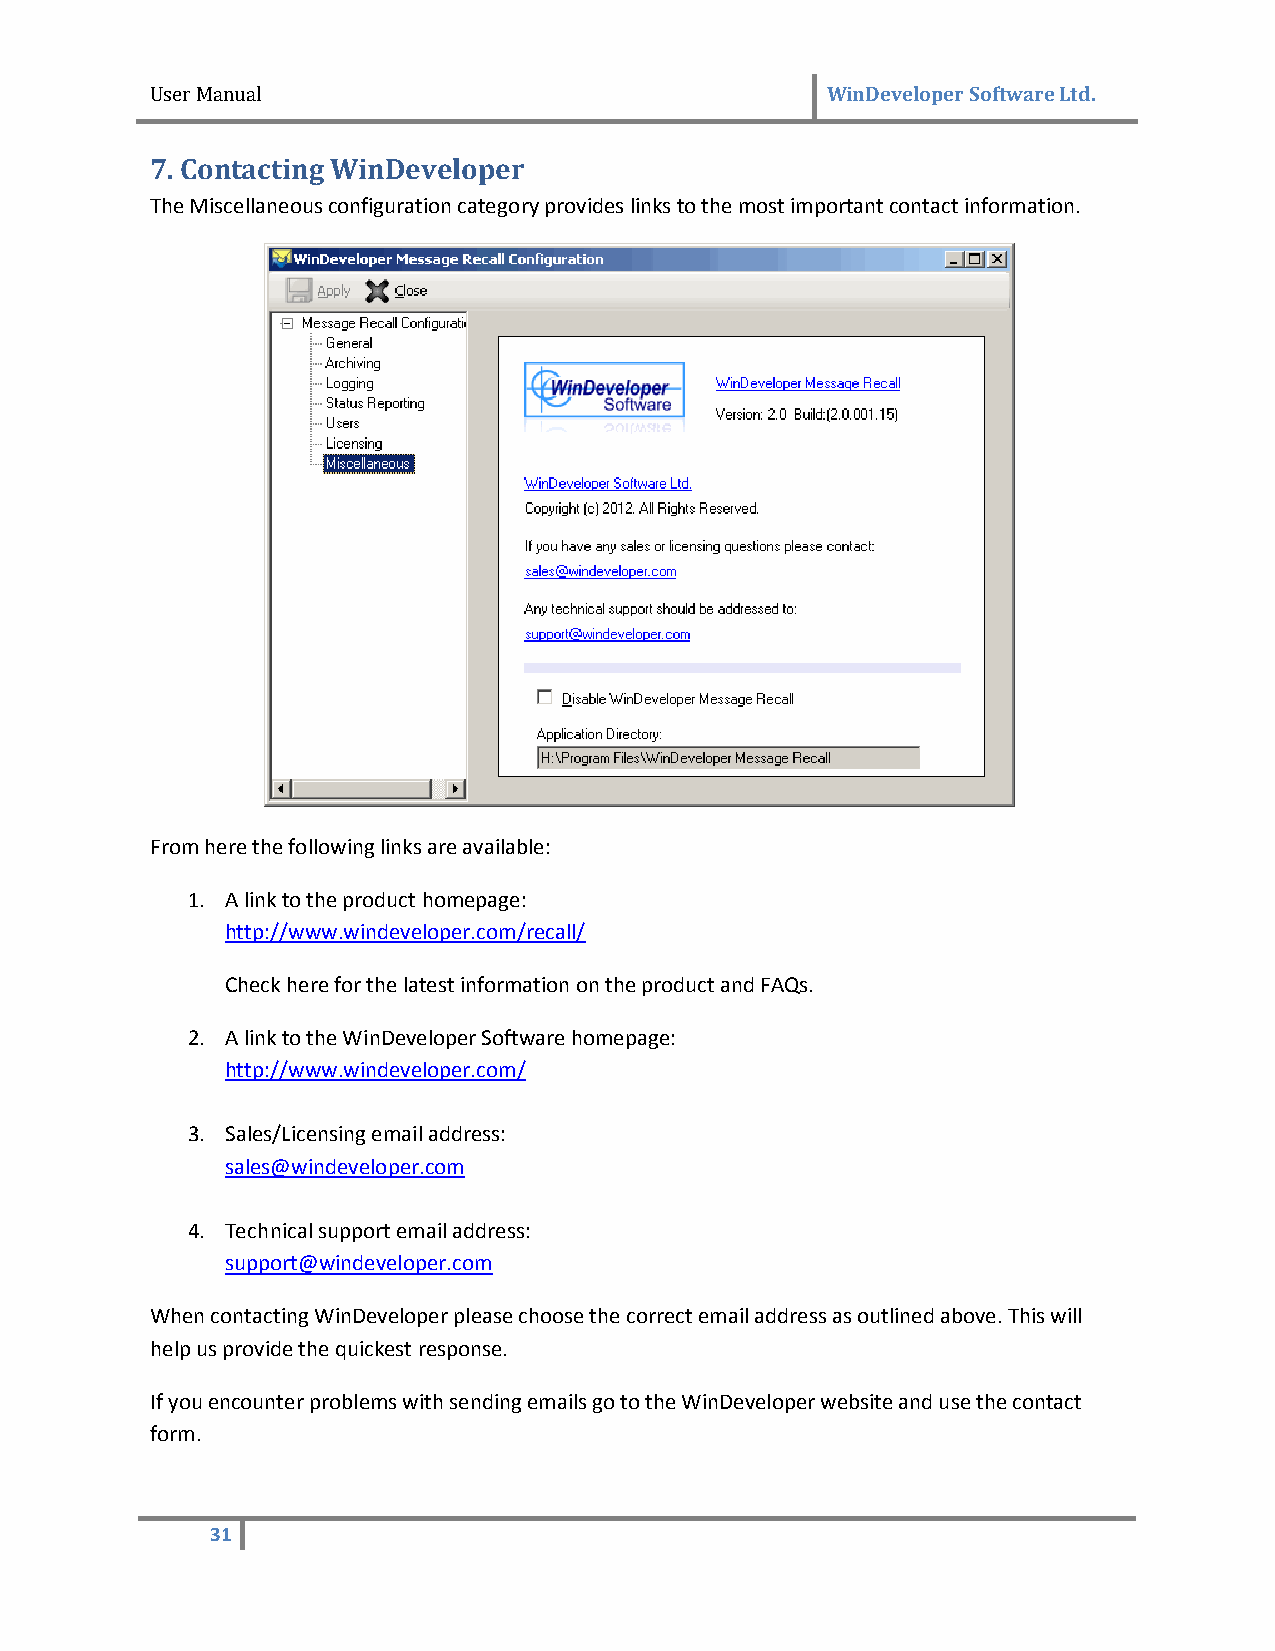
User Manual                                  WinDeveloper Software Ltd.
 7. Contacting WinDeveloper
 The Miscellaneous configuration category provides links to the most important contact information.
 From here the following links are available:
 1. A link to the product homepage:
 http://www.windeveloper.com/recall/
 Check here for the latest information on the product and FAQs.
 2. A link to the WinDeveloper Software homepage:
 http://www.windeveloper.com/
 3. Sales/Licensing email address:
 sales@windeveloper.com
 4. Technical support email address:
 support@windeveloper.com
 When contacting WinDeveloper please choose the correct email address as outlined above. This will
 help us provide the quickest response.
 If you encounter problems with sending emails go to the WinDeveloper website and use the contact
 form.
 31